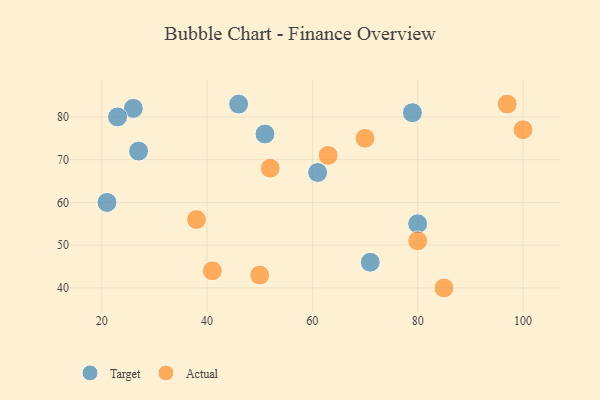
{"axis": {"x": "GDP", "y": "Life Expectancy"}, "legend": ["Actual", "Target"], "data": [{"x": "27", "y": 72, "type": "Target"}, {"x": "71", "y": 46, "type": "Target"}, {"x": "61", "y": 67, "type": "Target"}, {"x": "79", "y": 81, "type": "Target"}, {"x": "46", "y": 83, "type": "Target"}, {"x": "51", "y": 76, "type": "Target"}, {"x": "26", "y": 82, "type": "Target"}, {"x": "21", "y": 60, "type": "Target"}, {"x": "80", "y": 55, "type": "Target"}, {"x": "23", "y": 80, "type": "Target"}, {"x": "85", "y": 40, "type": "Actual"}, {"x": "97", "y": 83, "type": "Actual"}, {"x": "70", "y": 75, "type": "Actual"}, {"x": "50", "y": 43, "type": "Actual"}, {"x": "100", "y": 77, "type": "Actual"}, {"x": "80", "y": 51, "type": "Actual"}, {"x": "63", "y": 71, "type": "Actual"}, {"x": "52", "y": 68, "type": "Actual"}, {"x": "38", "y": 56, "type": "Actual"}, {"x": "41", "y": 44, "type": "Actual"}]}